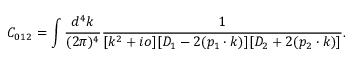
C _ { 0 1 2 } = \int \frac { d ^ { 4 } k } { ( 2 \pi ) ^ { 4 } } \frac { 1 } { [ k ^ { 2 } + i o ] [ D _ { 1 } - 2 ( p _ { 1 } \cdot k ) ] [ D _ { 2 } + 2 ( p _ { 2 } \cdot k ) ] } .